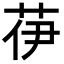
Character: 𦭽